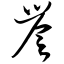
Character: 誉